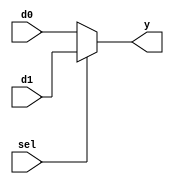
`timescale 1ns / 1ps
module multiplexer1(d0, d1, sel, y);
input [3:0] d0, d1; 
input sel;
output reg [3:0] y;
always @(sel)
	begin
		if(sel == 1)
            begin
                y = d1; 
            end
		else 
            begin
                y = d0; 
            end
	end	
endmodule